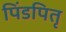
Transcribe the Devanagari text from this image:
पिंडपितृ